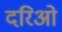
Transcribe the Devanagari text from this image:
दरिओ